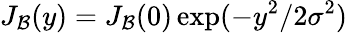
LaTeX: J_{\mathcal{B}}(y)=J_{\mathcal{B}}(0)\exp(-y^{2}/2\sigma^{2})